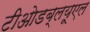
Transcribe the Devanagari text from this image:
टीओडब्लयूएल